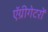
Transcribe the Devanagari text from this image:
ऍग्रीगेटरों